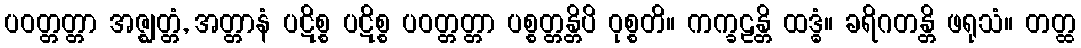
ပဝတ္တတ္တာ အဇ္ဈတ္တံ, အတ္တာနံ ပဋိစ္စ ပဋိစ္စ ပဝတ္တတ္တာ ပစ္စတ္တန္တိပိ ဝုစ္စတိ။ ကက္ခဠန္တိ ထဒ္ဓံ။ ခရိဂတန္တိ ဖရုသံ။ တတ္ထ